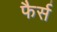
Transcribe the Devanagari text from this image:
फैर्स